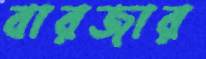
বারজার